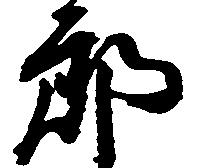
郎